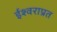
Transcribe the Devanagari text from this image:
ईश्वराप्रत